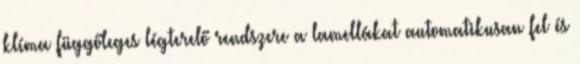
klíma függőleges légterelő rendszere a lamellákat automatikusan fel és